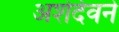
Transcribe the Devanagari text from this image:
अशेर्देवने